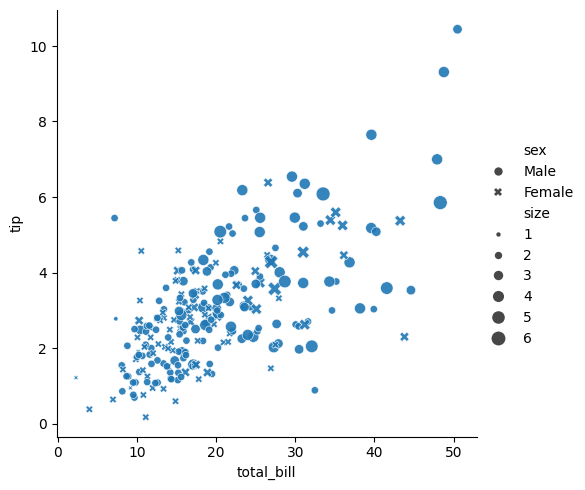
python, seaborn, relplot, alpha=0.9